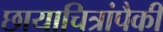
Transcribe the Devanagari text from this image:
छायाचित्रांपैकी